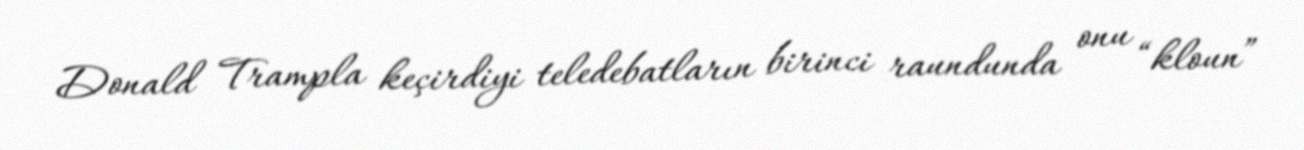
Donald Trampla keçirdiyi teledebatların birinci raundunda onu “kloun”